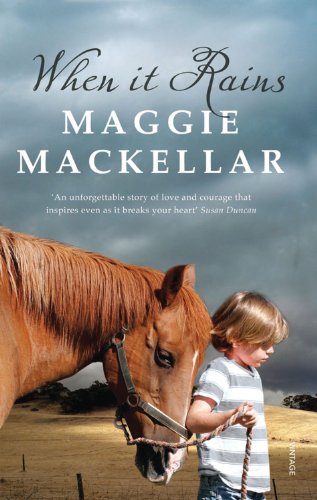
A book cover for When It Rains; Maggie MacKellar; Parenting & Relationships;